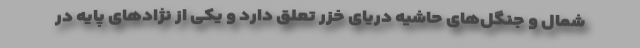
شمال و جنگل‌های حاشیه دریای خزر تعلق دارد و یکی از نژادهای پایه در